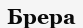
Брера